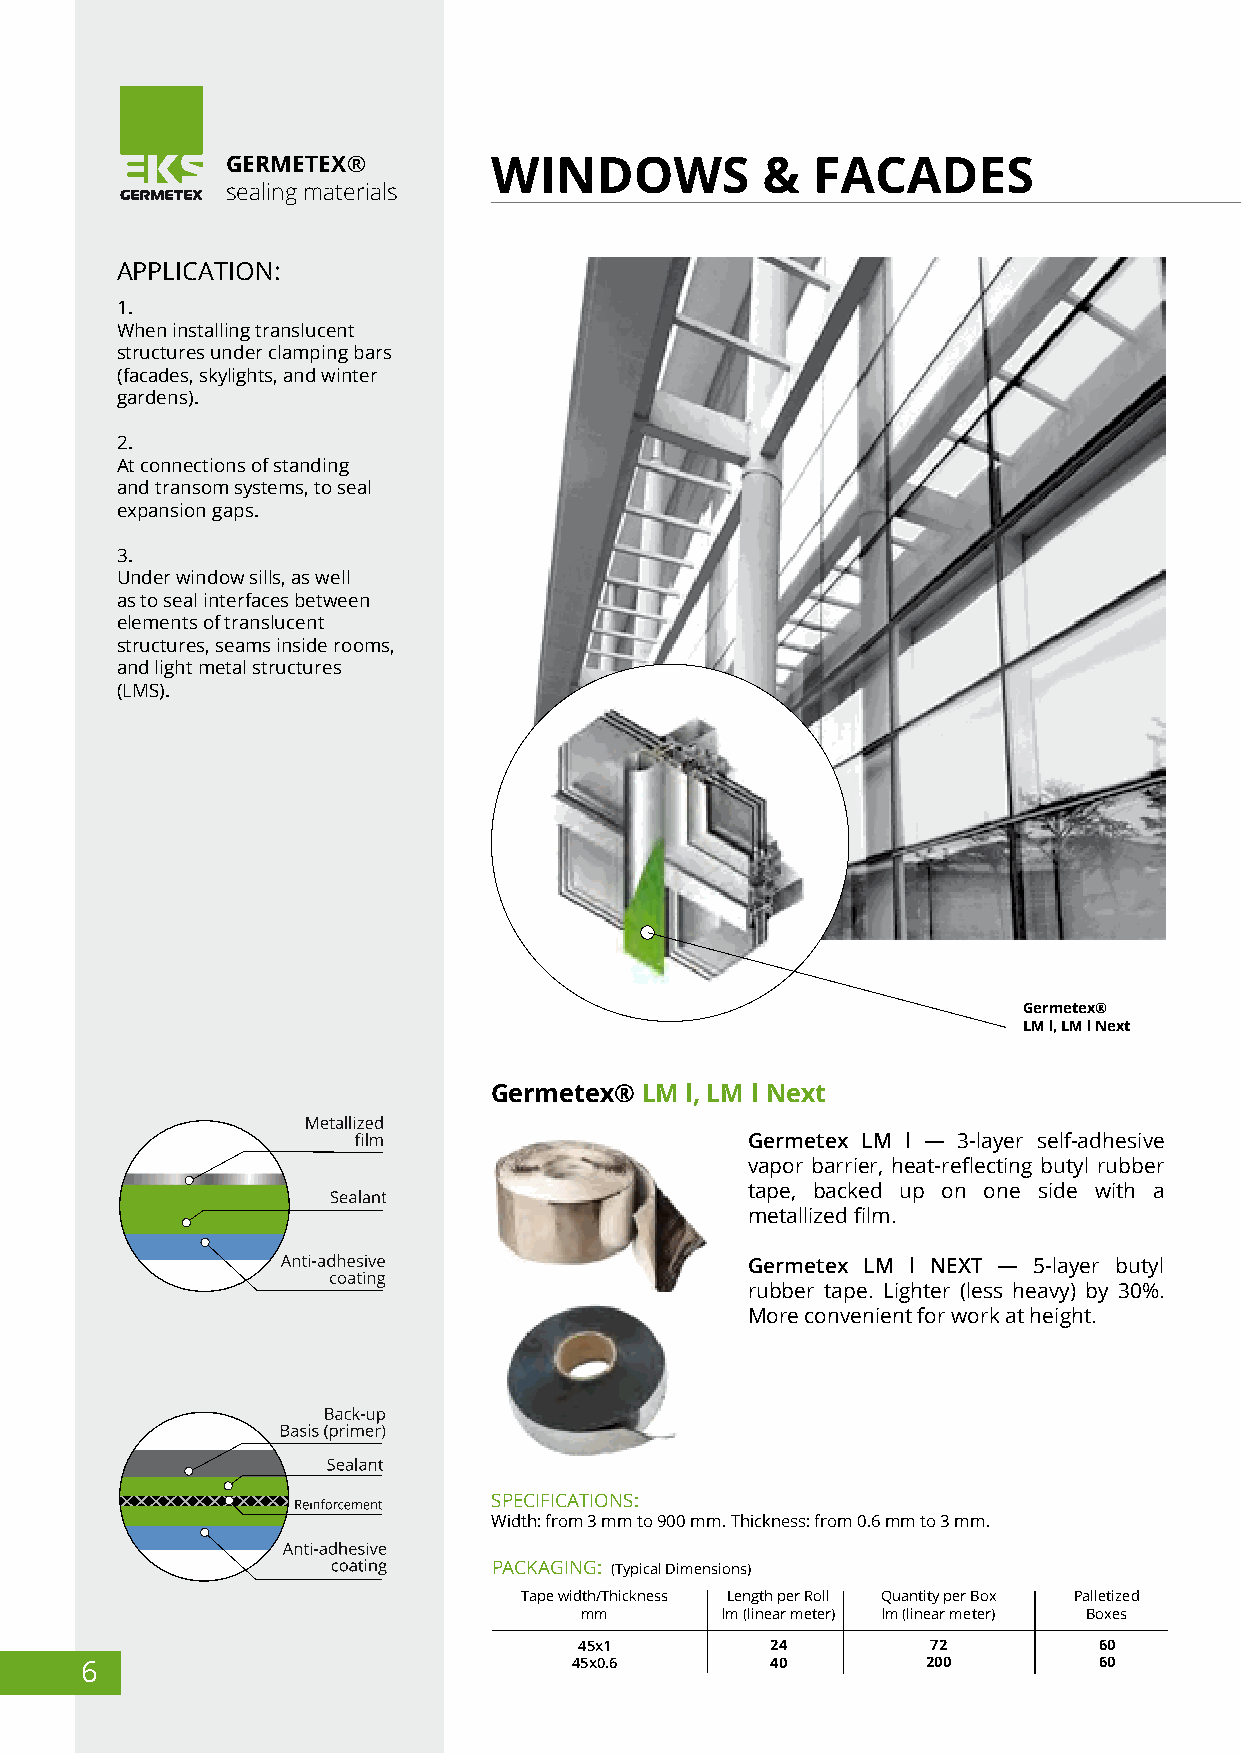
GERMETEХ®        WINDOWS           &   FACADES
 sealing materials
 APPLICATION:
 1.
 When installing translucent
 structures under clamping bars
 (facades, skylights, and winter
 gardens).
 2.
 At connections of standing
 and transom systems, to seal
 expansion gaps.
 3.
 Under window sills, as well
 as to seal interfaces between
 elements of translucent
 structures, seams inside rooms,
 and light metal structures
 (LMS).
 Germeteх®
 LM l, LM l Next
 Germeteх® LM l, LM l Next
 Germetex LM l — 3-layer self-adhesive
 vapor barrier, heat-reflecting butyl rubber
 tape, backed up on one side with a
 metallized film.
 Germetex LM l NEXT — 5-layer butyl
 rubber tape. Lighter (less heavy) by 30%.
 More convenient for work at height.
 SPECIFICATIONS:
 Width: from 3 mm to 900 mm. Thickness: from 0.6 mm to 3 mm.
 PACKAGING: (Typical Dimensions)
 Tape width/Thickness Length per Roll Quantity per Box Palletized
 mm        lm (linear meter) lm (linear meter) Boxes
 45х1         24         72         60
 6                                45х0.6       40        200         60